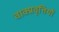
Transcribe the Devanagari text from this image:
वाक्प्रवृत्तियों